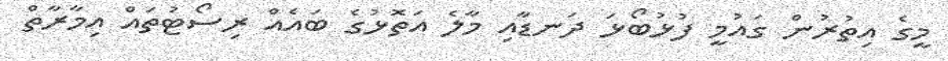
މީގެ އިތުރުން ގައުމީ ފުޅުބޯޅަ ދަނޑާއި މާލެ އަތޮޅުގެ ބައެއް ރިސޯޓުތައް އިމާރާތް